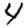
Digit: 4